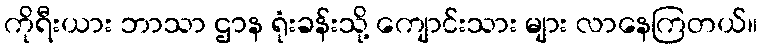
ကိုရီးယား ဘာသာ ဌာန ရုံးခန်းသို့ ကျောင်းသား များ လာနေကြတယ်။